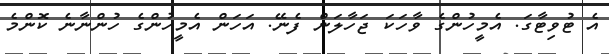
އެ ޓުވިޓާގަ. އެމީހުންގެ ވާހަކަ ޖަހާލަން ފެނޭ. އަހަން އެމީހުންގެ ހުންނާނެ ކޮންމެ